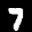
Label: 7